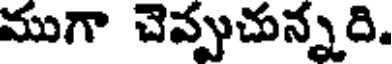
ముగా చెప్పుచున్నది.